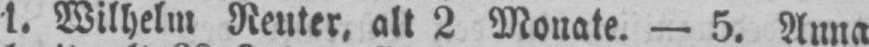
1. Wilhelm Reuter, alt 2 Monate. - 5. Anna